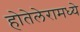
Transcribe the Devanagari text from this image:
होतेलेरामध्ये